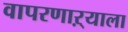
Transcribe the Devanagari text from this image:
वापरणाऱ्याला